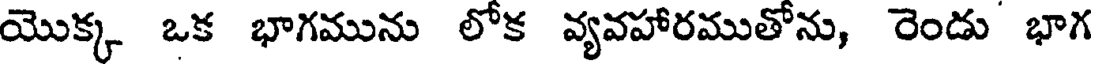
యొక్క ఒక భాగమును లోక వ్యవహారముతోను, రెండు భాగ